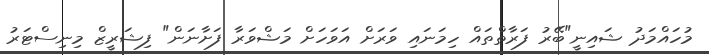
މުހައްމަދު ޝައިނީ"ބޭރު ފަރާތްތައް ހިމަނައި ވަރަށް އަވަހަށް މަޝްވަރާ ފަށާނަން" ފިޝަރީޒް މިނިސްޓަރު